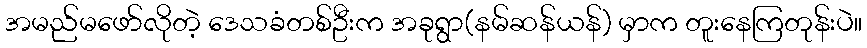
အမည်မဖော်လိုတဲ့ ဒေသခံတစ်ဦးက အခုရွာ(နမ်ဆန်ယန်) မှာက တူးနေကြတုန်းပဲ။